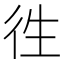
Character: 徃